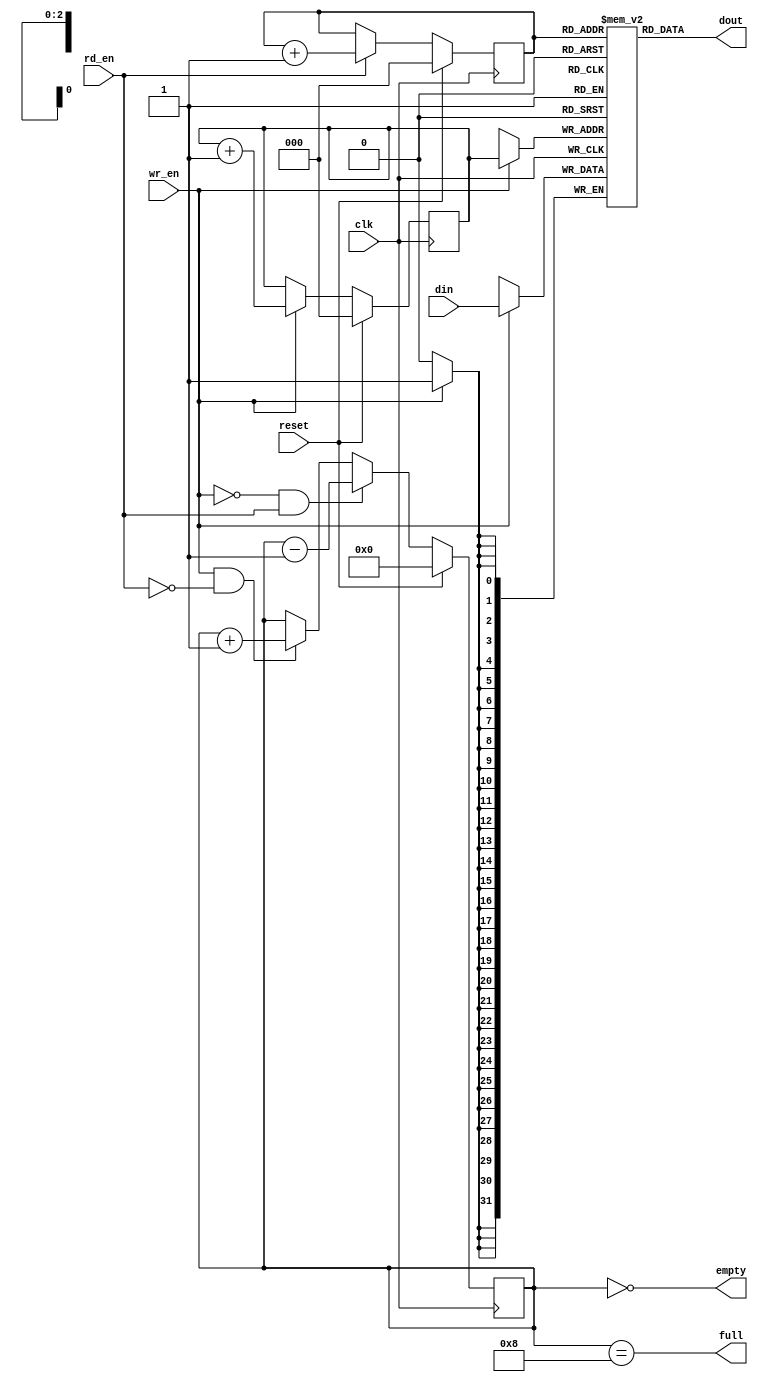
///////////////////////////////////////////////////////////////////////////////
// $Id: fifo_8x32.v 3617 2008-04-16 23:16:30Z grg $
//
// Module: fifo_8x32.v
// Project: CPCI (PCI Control FPGA)
// Description: Small 8 x 32-bit FIFO
//
// Change history:
//
///////////////////////////////////////////////////////////////////////////////


module fifo_8x32(
            // PCI Signals
            input [31:0]   din,     // Data in
            input          wr_en,   // Write enable

            input          rd_en,   // Read the next word

            output [31:0]  dout,    // Data out
            output         full,
            output         empty,

            input          reset,
            input          clk
         );


parameter MAX_DEPTH_BITS   = 3;
parameter MAX_DEPTH        = 2 ** MAX_DEPTH_BITS;

reg [31:0] queue [MAX_DEPTH - 1 : 0];
reg [MAX_DEPTH_BITS - 1 : 0] rd_ptr;
reg [MAX_DEPTH_BITS - 1 : 0] wr_ptr;
reg [MAX_DEPTH_BITS - 1 + 1 : 0] depth;

// Sample the data
always @(posedge clk)
begin
   if (wr_en)
      queue[wr_ptr] <= din;
end

always @(posedge clk)
begin
   if (reset) begin
      rd_ptr <= 'h0;
      wr_ptr <= 'h0;
      depth <= 'h0;
   end
   else begin
      if (wr_en) wr_ptr <= wr_ptr + 'h1;
      if (rd_en) rd_ptr <= rd_ptr + 'h1;
      if (wr_en & ~rd_en) depth <= depth + 'h1;
      if (~wr_en & rd_en) depth <= depth - 'h1;
   end
end

assign dout = queue[rd_ptr];
assign full = depth == MAX_DEPTH;
assign empty = depth == 'h0;

// synthesis translate_off
always @(posedge clk)
begin
   if (wr_en && depth == MAX_DEPTH && !rd_en)
      $display($time, " ERROR: Attempt to write to full FIFO: %m");
   if (rd_en && depth == 'h0)
      $display($time, " ERROR: Attempt to read an empty FIFO: %m");
end
// synthesis translate_on

endmodule // fifo_8x32

/* vim:set shiftwidth=3 softtabstop=3 expandtab: */